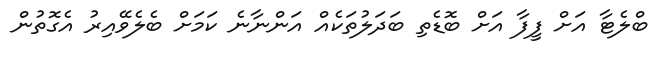
ބްލެޓާ އަށް ފީފާ އަށް ބޮޑެތި ބަދަލުތަކެއް އަންނާނެ ކަމަށް ބެލެވޭއިރު އެގޮތުން